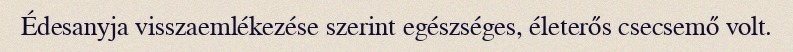
Édesanyja visszaemlékezése szerint egészséges, életerős csecsemő volt.